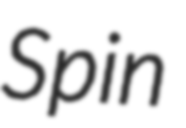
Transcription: Spin